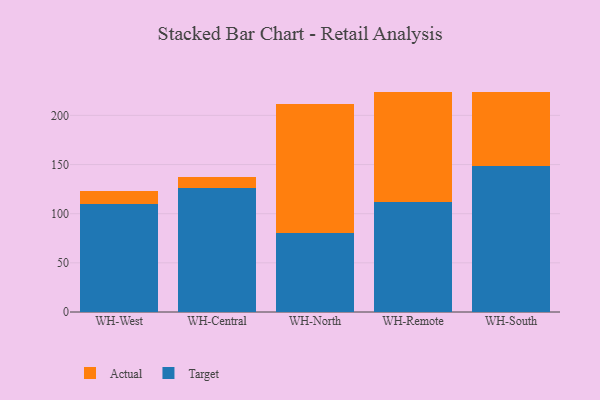
{"axis": {"x": "Warehouse", "y": "Headcount"}, "legend": ["Actual", "Target"], "data": [{"x": "WH-West", "y": 110.1, "type": "Target"}, {"x": "WH-West", "y": 12.5, "type": "Actual"}, {"x": "WH-Central", "y": 125.7, "type": "Target"}, {"x": "WH-Central", "y": 11.4, "type": "Actual"}, {"x": "WH-North", "y": 80.3, "type": "Target"}, {"x": "WH-North", "y": 131.6, "type": "Actual"}, {"x": "WH-Remote", "y": 112.1, "type": "Target"}, {"x": "WH-Remote", "y": 112.1, "type": "Actual"}, {"x": "WH-South", "y": 148.8, "type": "Target"}, {"x": "WH-South", "y": 75.1, "type": "Actual"}]}